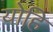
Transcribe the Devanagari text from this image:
योहि